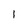
Character: l